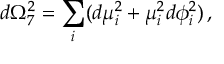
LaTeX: d \Omega _ { 7 } ^ { 2 } = \sum _ { i } ( d \mu _ { i } ^ { 2 } + \mu _ { i } ^ { 2 } d \phi _ { i } ^ { 2 } ) \, ,